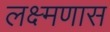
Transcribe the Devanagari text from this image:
लक्ष्मणास